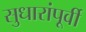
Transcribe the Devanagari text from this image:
सुधारांपूर्वी